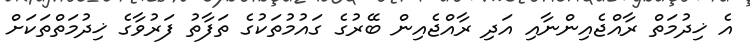
އެ ޚިދުމަތް ރާއްޖެއިންނާއި އަދި ރާއްޖެއިން ބޭރުގެ ގައުމުތަކުގެ ތަފާތު ފަރުވާގެ ޚިދުމަތްތަކަށް